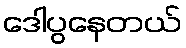
ဒေါပွနေတယ်